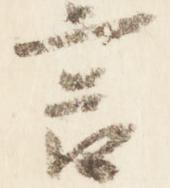
言